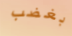
بغضب